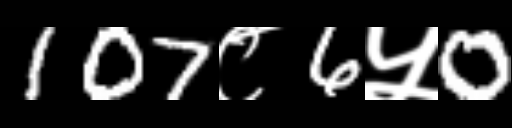
Text: 107८6५0